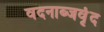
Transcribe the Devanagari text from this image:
वदनाब्जवृंद